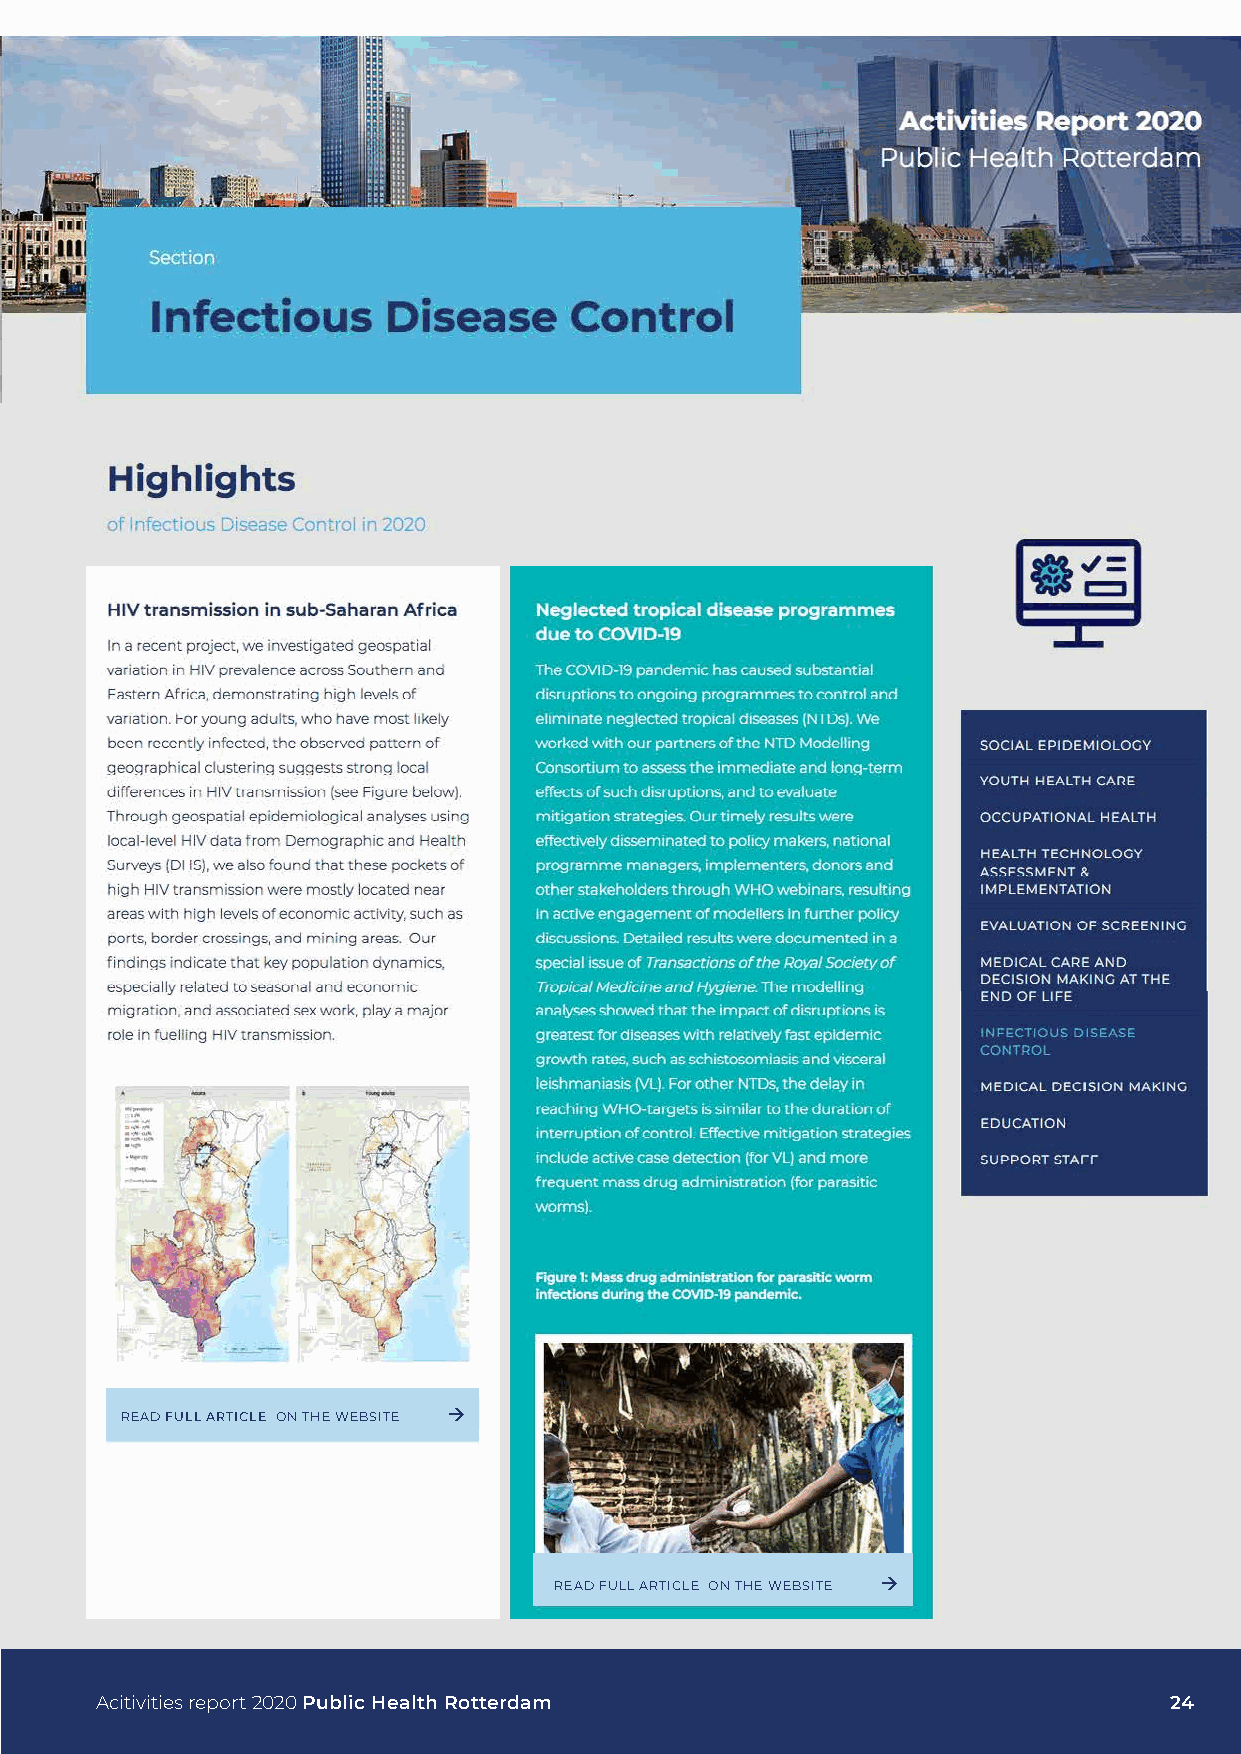
READ FULL ARTICLE ON THE WEBSITE 
 READ FULL ARTICLE ON THE WEBSITE 
 Acitivities report 2020 Public Health Rotterdam                        24